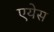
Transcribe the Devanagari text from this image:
एयेस